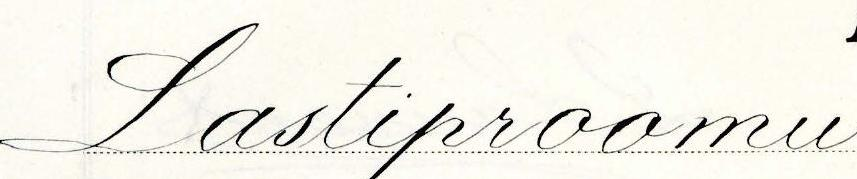
Lastiproomu